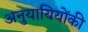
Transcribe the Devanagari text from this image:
अनुयायियोंकी